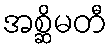
အစ္ဆိမတီ